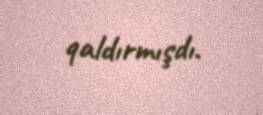
qaldırmışdı.